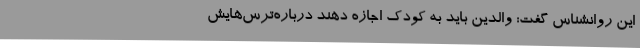
این روانشناس گفت: والدین باید به کودک اجازه‌ دهند درباره‌ترس‌هایش